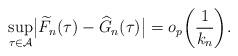
LaTeX: \begin{align*} \sup_{\tau\in\mathcal{A}}\bigl|\widetilde{F}_n(\tau) -\widehat {G}_n(\tau)\bigr| = o_p \biggl(\frac{1}{k_n}\biggr).\end{align*}